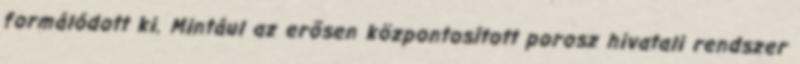
formálódott ki. Mintául az erõsen központosított porosz hivatali rendszer